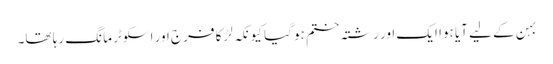
بہن کے لیے آیا ہوا ایک اور رشتہ ختم ہو گیا کیونکہ لڑکا فرج اور اسکوٹر مانگ رہا تھا۔